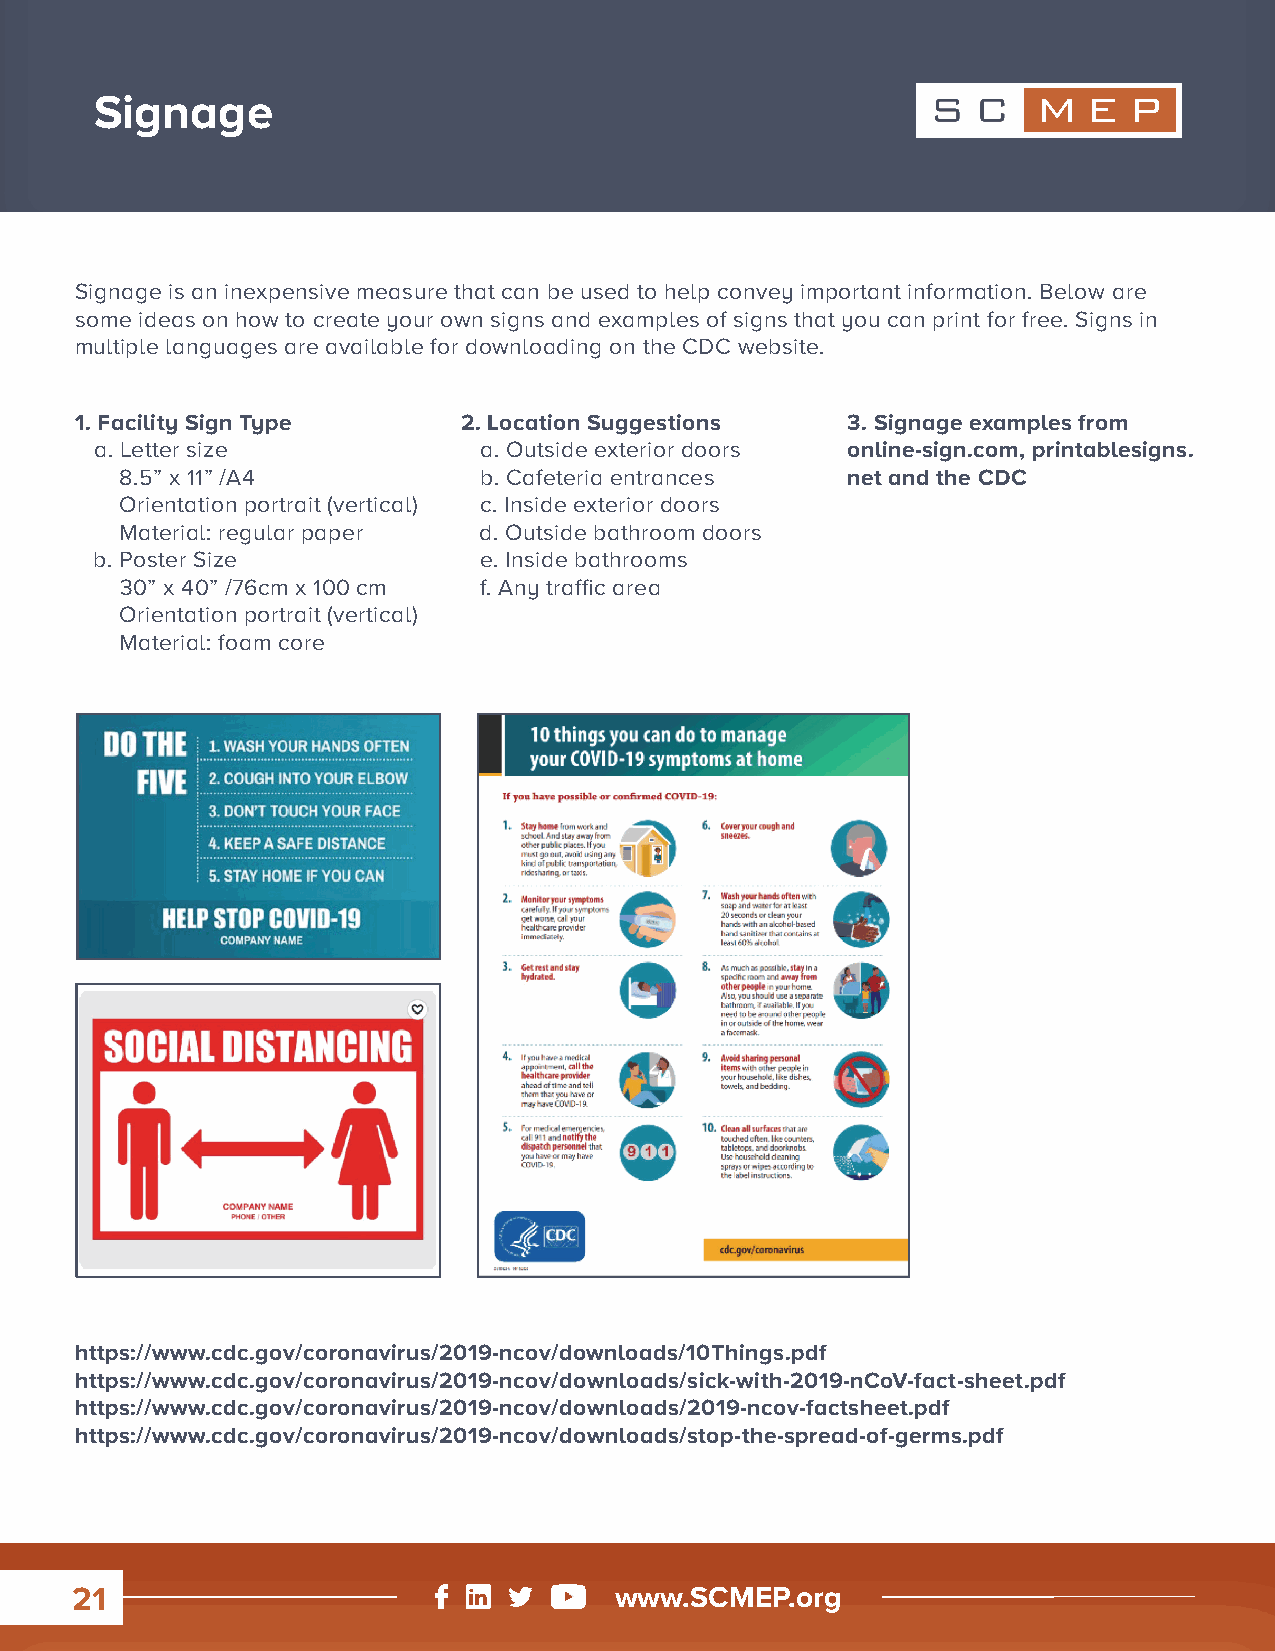
Signage
 Signage is an inexpensive measure that can be used to help convey important information. Below are
 some ideas on how to create your own signs and examples of signs that you can print for free. Signs in
 multiple languages are available for downloading on the CDC website.
 1. Facility Sign Type     2. Location Suggestions  3. Signage examples from
 a. Letter size            a. Outside exterior doors online-sign.com, printablesigns.
 8.5” x 11” /A4          b. Cafeteria entrances  net and the CDC
 Orientation portrait (vertical) c. Inside exterior doors
 Material: regular paper d. Outside bathroom doors
 b. Poster Size            e. Inside bathrooms
 30” x 40” /76cm x 100 cm f. Any traffic area
 Orientation portrait (vertical)
 Material: foam core
 https://www.cdc.gov/coronavirus/2019-ncov/downloads/10Things.pdf
 https://www.cdc.gov/coronavirus/2019-ncov/downloads/sick-with-2019-nCoV-fact-sheet.pdf
 https://www.cdc.gov/coronavirus/2019-ncov/downloads/2019-ncov-factsheet.pdf
 https://www.cdc.gov/coronavirus/2019-ncov/downloads/stop-the-spread-of-germs.pdf
 21                                  www.SCMEP.org